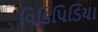
વિકિપિડિયા